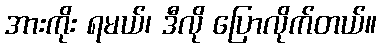
အားကိုး ရမယ်၊ ဒီလို ပြောလိုက်တယ်။